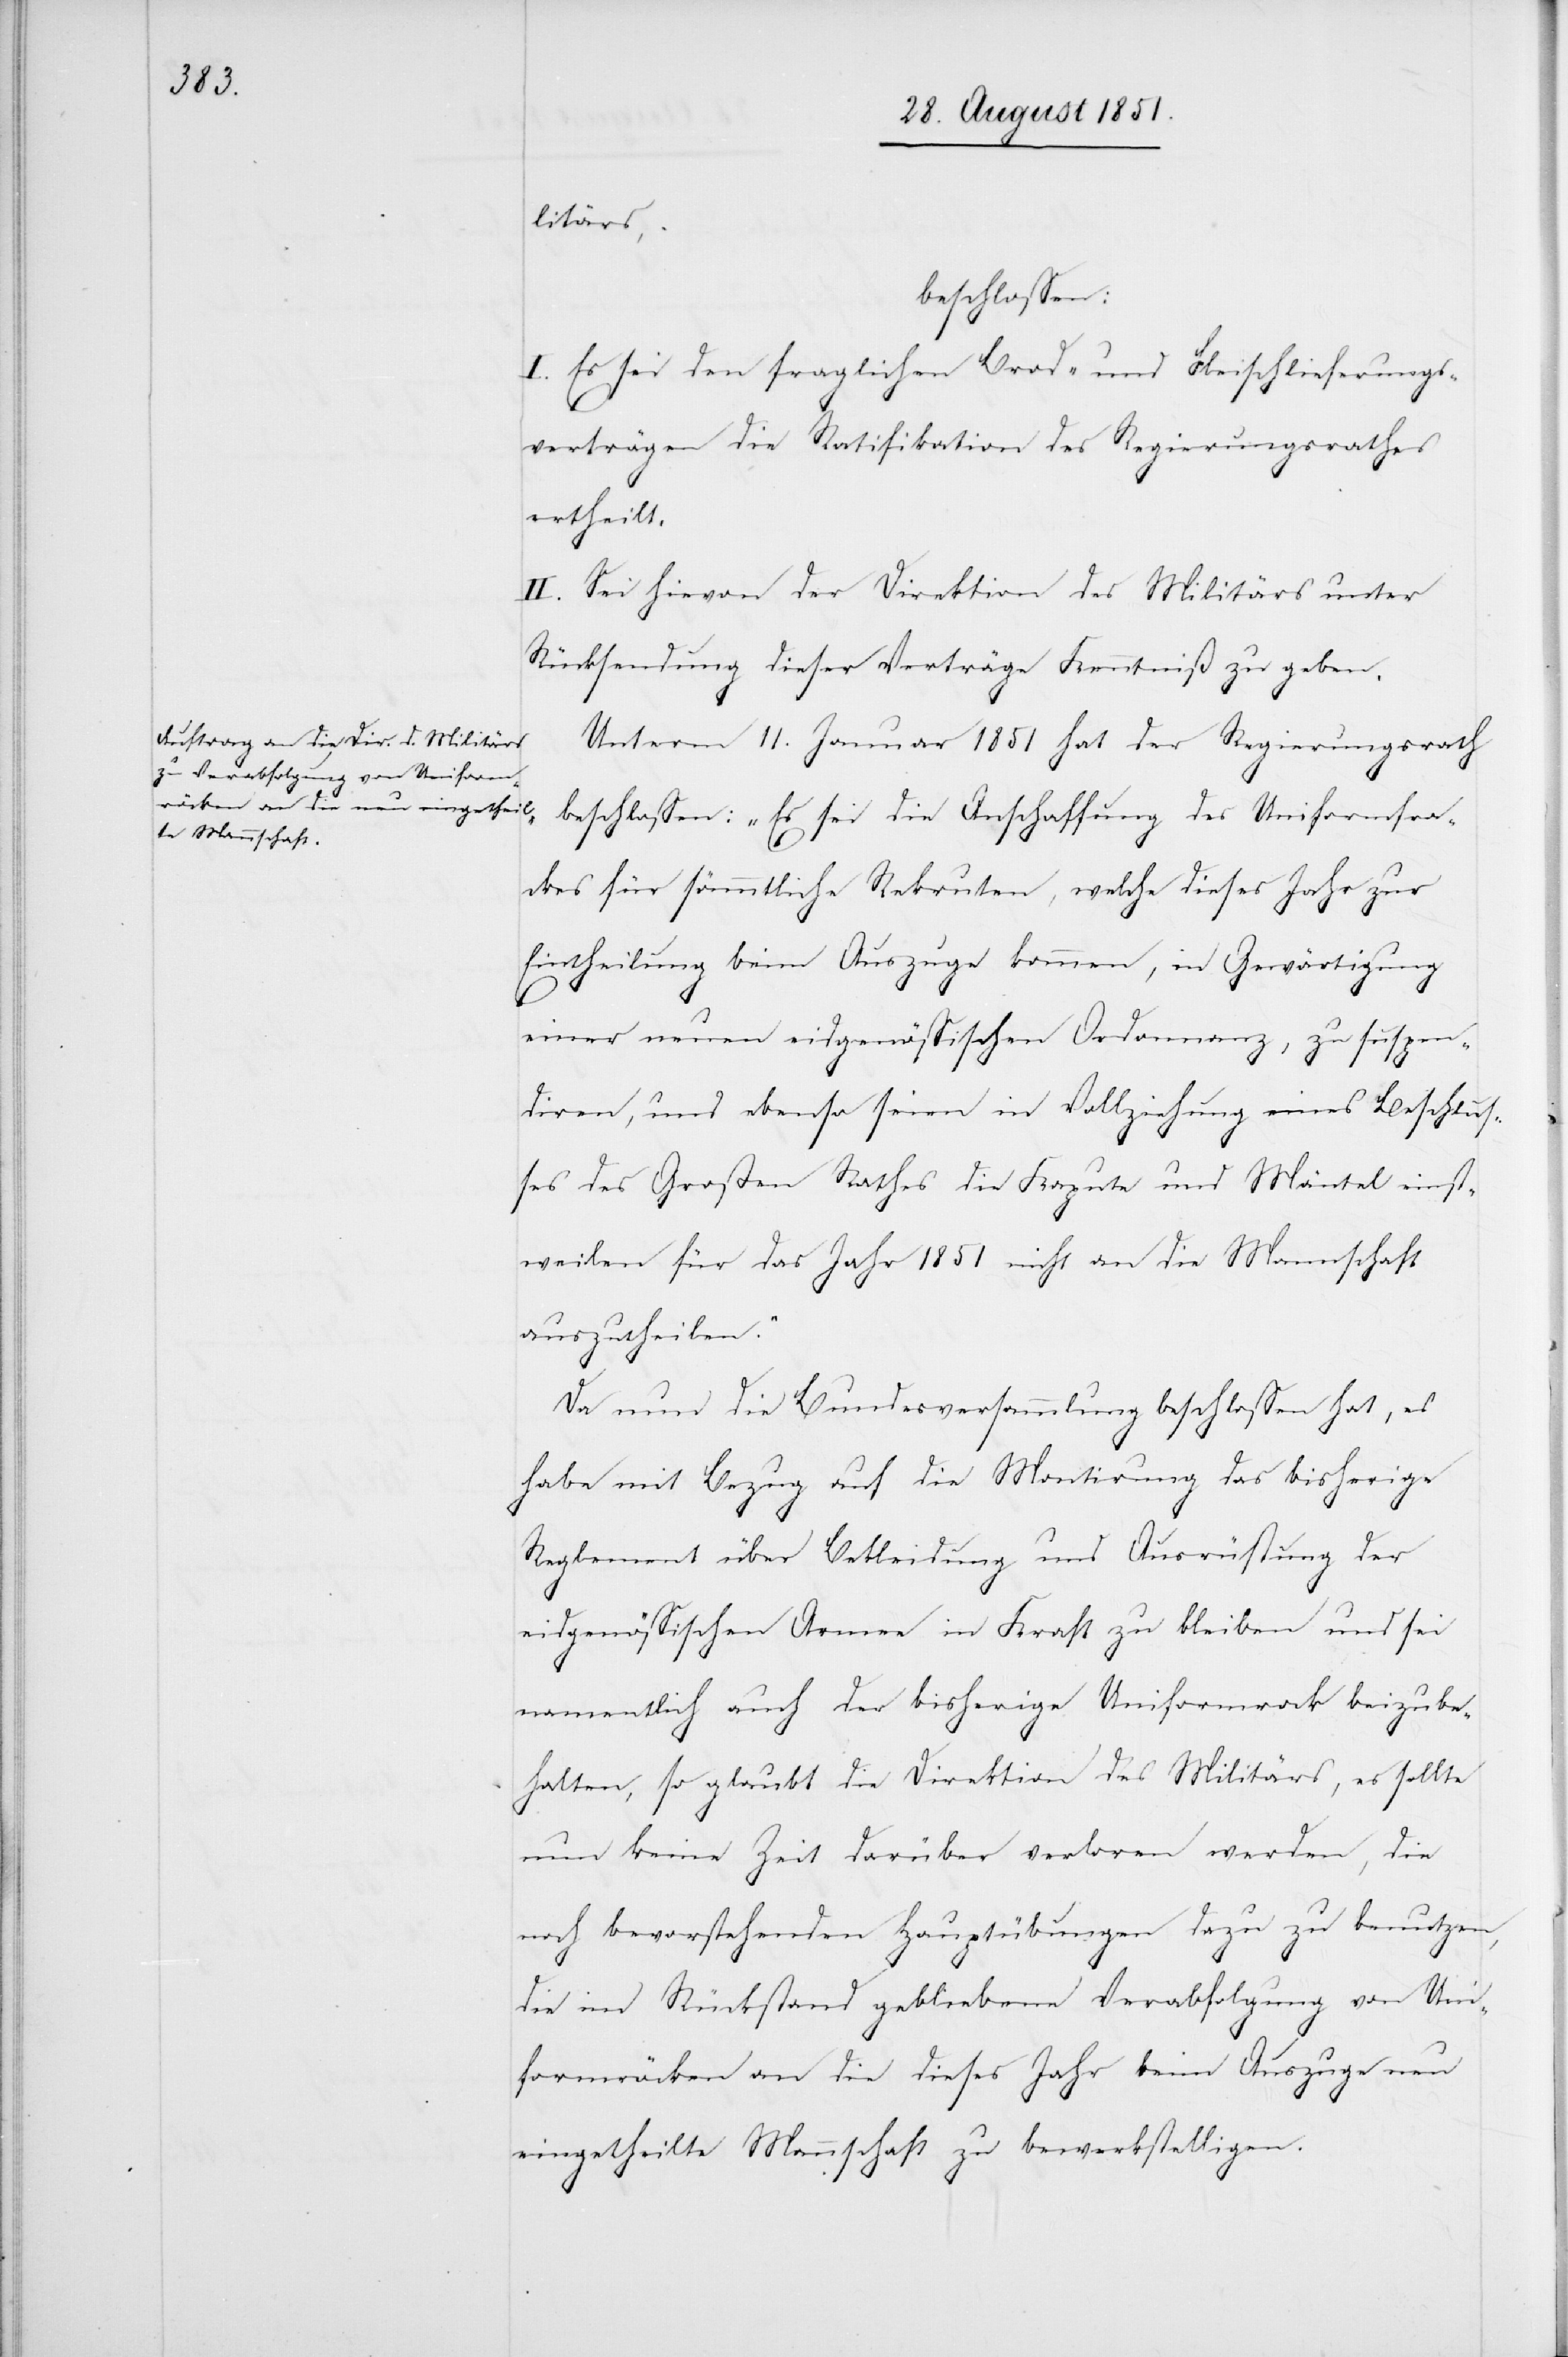
litärs,
beschlossen:
I. Es sei den fraglichen Brod- und Fleischlieferungs¬
verträgen die Ratifikation des Regierungsrathes
ertheilt.
II. Sei hievon der Direktion des Militärs unter
Rücksendung dieser Verträge Kenntniß zu geben.
Unterm 11. Januar 1851 hat der Regierungsrath
beschlossen: „Es sei die Anschaffung des Uniformfra¬
ckes für sämmtliche Rekruten, welche dieses Jahr zur
Eintheilung beim Auszuge kommen, in Gewärtigung
einer neuen eidgenössischen Ordonnanz, zu suspen¬
diren, und ebenso seien in Vollziehung eines Beschlus¬
ses des Großen Rathes die Kapute und Mäntel einst¬
weilen für das Jahr 1851 nicht an die Mannschaft
auszutheilen.“
Da nun die Bundesversammlung beschlossen hat, es
habe mit Bezug auf die Montirung das bisherige
Reglement über Bekleidung und Ausrüstung der
eidgenössischen Armee in Kraft zu bleiben und sei
namentlich auch der bisherige Uniformrock beizube¬
halten, so glaubt die Direktion des Militärs, es sollte
nun keine Zeit darüber verloren werden, die
noch bevorstehenden Hauptübungen dazu zu benutzen,
die im Rückstand gebliebene Verabfolgung von Uni¬
formröcken an die dieses Jahr beim Auszuge neu
eingetheilte Mannschaft zu bewerkstelligen.